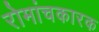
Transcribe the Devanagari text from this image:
रोमांचकारक